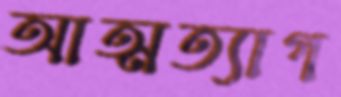
আত্মত্যাগ